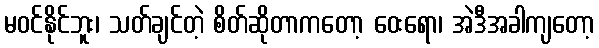
မဝင်နိုင်ဘူး၊ သတ်ချင်တဲ့ စိတ်ဆိုတာကတော့ ဝေးရော၊ အဲဒီအခါကျတော့